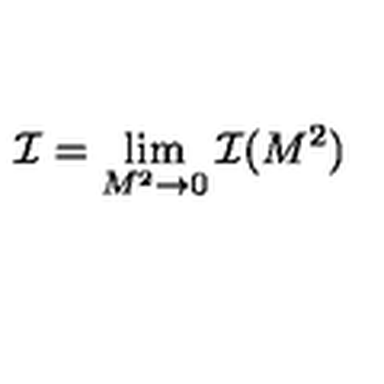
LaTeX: { \cal I } = \lim _ { M ^ { 2 } \rightarrow 0 } { \cal I } ( M ^ { 2 } )